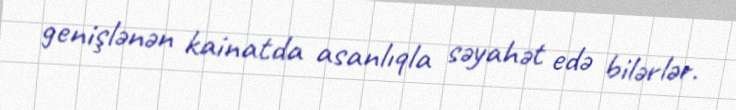
genişlənən kainatda asanlıqla səyahət edə bilərlər.